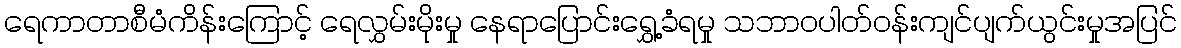
ရေကာတာစီမံကိန်းကြောင့် ရေလွှမ်းမိုးမှု နေရာပြောင်းရွှေ့ခံရမှု သဘာဝပါတ်ဝန်းကျင်ပျက်ယွင်းမှုအပြင်